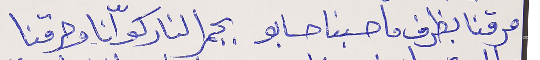
مرقنا بظرف ما حسبنا حسابو   بجمر النار كوّانا وحرقنا